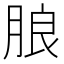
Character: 𱼋